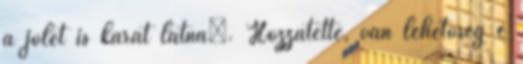
a jólét is kárát látná”. Hozzátette, van lehetőség e